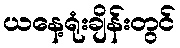
ယနေ့ရုံးချိန်းတွင်